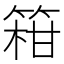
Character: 䈤